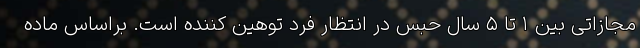
مجازاتی بین ۱ تا ۵ سال حبس در انتظار فرد توهین کننده است. براساس ماده